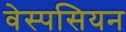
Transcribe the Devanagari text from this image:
वेस्पसियन